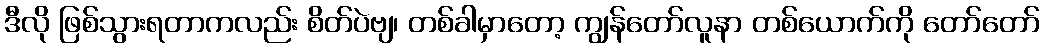
ဒီလို ဖြစ်သွားရတာကလည်း စိတ်ပဲဗျ၊ တစ်ခါမှာတော့ ကျွန်တော်လူနာ တစ်ယောက်ကို တော်တော်